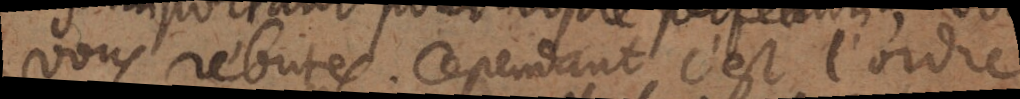
vous rebutés. Cependant c’est l’ordre